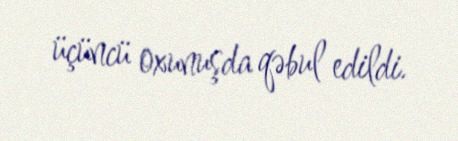
üçüncü oxunuşda qəbul edildi.